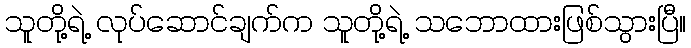
သူတို့ရဲ့ လုပ်ဆောင်ချက်က သူတို့ရဲ့ သဘောထားဖြစ်သွားပြီ။